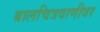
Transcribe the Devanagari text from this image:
बालचित्रवाणीवर